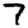
Digit: 7